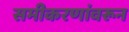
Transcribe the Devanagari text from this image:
समीकरणांवरून